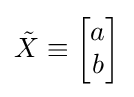
{\tilde {X}}\equiv {\begin{bmatrix}a\\b\end{bmatrix}}